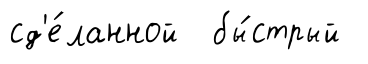
сд'е́ланной бы́стрый